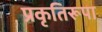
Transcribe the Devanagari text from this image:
प्रकृतिरूपा